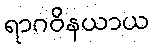
ရာဂဝိနယာယ